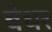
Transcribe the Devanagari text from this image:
बेधर